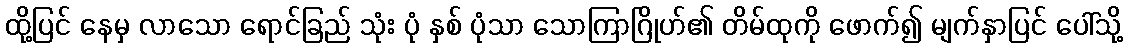
ထို့ပြင် နေမှ လာသော ရောင်ခြည် သုံး ပုံ နှစ် ပုံသာ သောကြာဂြိုဟ်၏ တိမ်ထုကို ဖောက်၍ မျက်နှာပြင် ပေါ်သို့